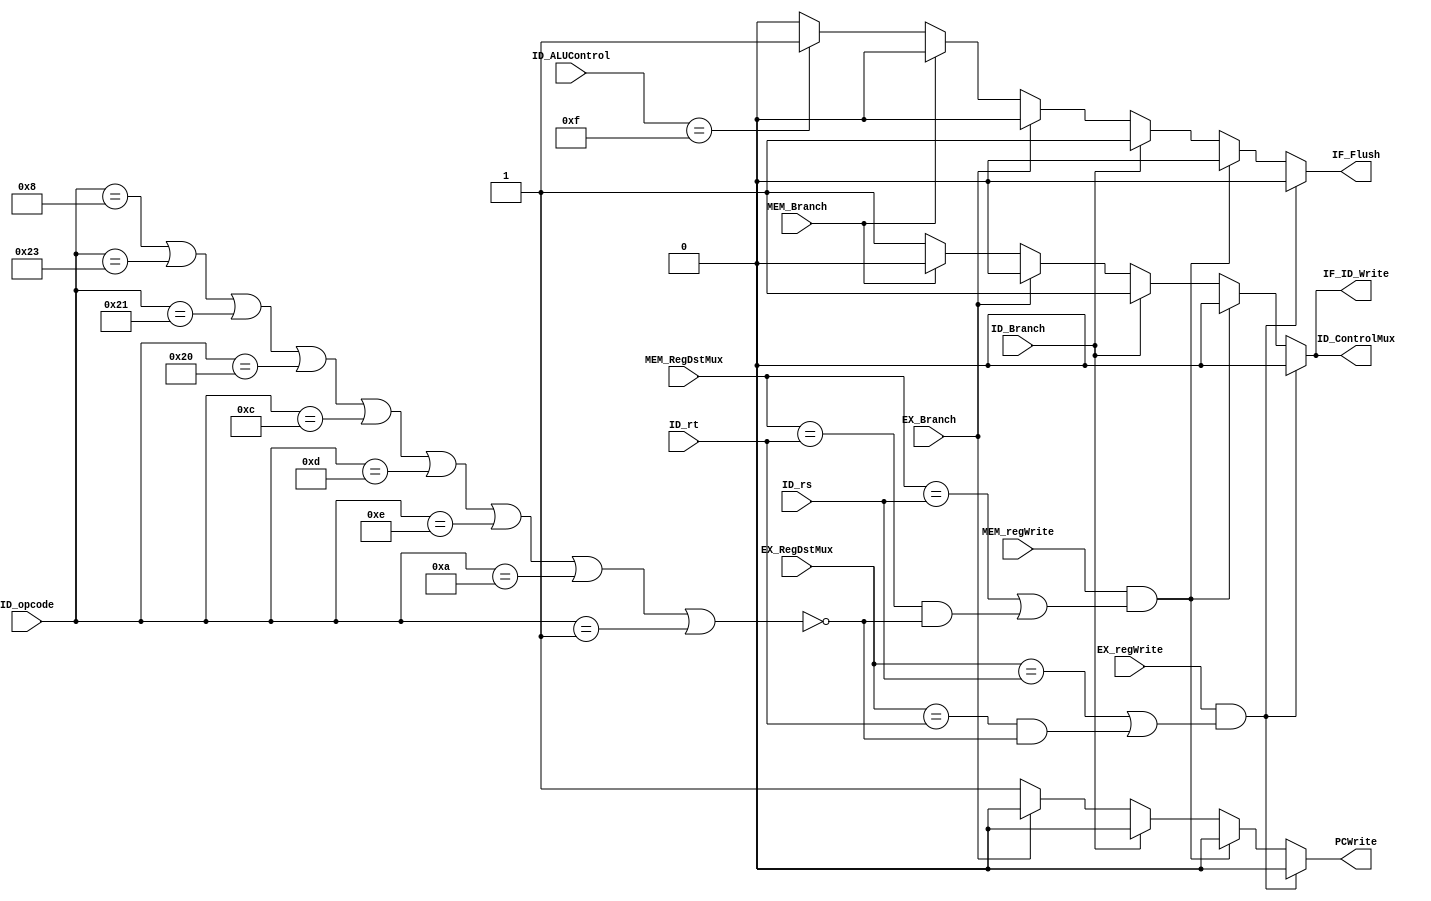
`timescale 1ns / 1ps

module HazardUnit(PCWrite, IF_ID_Write, ID_ControlMux, IF_Flush,
                  ID_rs, ID_rt, ID_Branch, ID_ALUControl,
                  EX_regWrite, EX_RegDstMux, EX_Branch,
                  MEM_regWrite, MEM_RegDstMux, MEM_Branch,
                  ID_opcode);
    
    output reg PCWrite, IF_ID_Write, ID_ControlMux, IF_Flush;

    input [4:0] ID_rs, ID_rt;
    input ID_Branch;
    input [3:0] ID_ALUControl;
    input EX_regWrite, MEM_regWrite;
    input [4:0] EX_RegDstMux, MEM_RegDstMux;
    input EX_Branch, MEM_Branch;
    input [5:0] ID_opcode;

    wire readData2Important = ~(ID_opcode == 8 ||   // addi
                                ID_opcode == 35 ||  // lw
                                ID_opcode == 33 ||  // lh
                                ID_opcode == 32 ||  // lb
                                ID_opcode == 12 ||  // andi
                                ID_opcode == 13 ||  // ori
                                ID_opcode == 14 ||  // xori
                                ID_opcode == 10 ||  // slti
                                ID_opcode == 1);    // bltz, bgez

    always @(*) begin
        // Default values.
        PCWrite = 1;
        IF_ID_Write = 1;
        ID_ControlMux = 1;
        IF_Flush = 0;
        
        if (EX_regWrite == 1 &&
            (EX_RegDstMux == ID_rs || (EX_RegDstMux == ID_rt && readData2Important))) begin
            // Wait for register file to be updated.
            PCWrite = 0;
            IF_ID_Write = 0;
            ID_ControlMux = 0;
            IF_Flush = 0;
        end

        else if (MEM_regWrite == 1 &&
            (MEM_RegDstMux == ID_rs || MEM_RegDstMux == ID_rt && readData2Important)) begin
            // Wait for register file to be updated.
            PCWrite = 0;
            IF_ID_Write = 0;
            ID_ControlMux = 0;
            IF_Flush = 0;
        end

        else if (ID_Branch) begin
            // Wait for branch to resolve.
            PCWrite = 0;
            IF_ID_Write = 1;
            ID_ControlMux = 1;
            IF_Flush = 1;
        end

        else if (EX_Branch) begin
            // Wait for branch to resolve.
            PCWrite = 0;
            IF_ID_Write = 0;
            ID_ControlMux = 0;
            IF_Flush = 0;
        end

        else if (MEM_Branch) begin
            // Branch resolved.
            PCWrite = 1;
            IF_ID_Write = 0;
            ID_ControlMux = 0;
            IF_Flush = 0;
        end

        else if (ID_ALUControl == 15) begin // Check if jump instruction in decode stage.
            // Crush instruction in fetch stage.
            PCWrite = 1;
            IF_ID_Write = 1;
            ID_ControlMux = 1;
            IF_Flush = 1;
        end

    end

endmodule